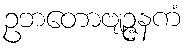
ဥဘတောဗျဉ္ဇနကံ